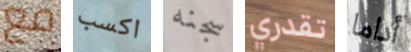
مع اكسب سجنه تقدري أداما